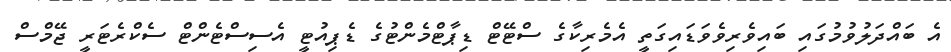
އެ ބައްދަލުވުމުގައި ބައިވެރިވެވަޑައިގަތީ އެމެރިކާގެ ސްޓޭޓް ޑިޕާޓްމެންޓުގެ ޑެޕިއުޓީ އެސިސްޓެންޓް ސެކްރެޓަރީ ޖޭމްސް